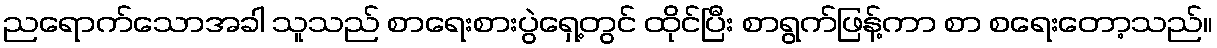
ညရောက်သောအခါ သူသည် စာရေးစားပွဲရှေ့တွင် ထိုင်ပြီး စာရွက်ဖြန့်ကာ စာ စရေးတော့သည်။